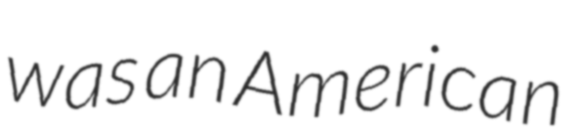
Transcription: was an American